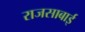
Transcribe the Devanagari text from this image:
राजसाबाई